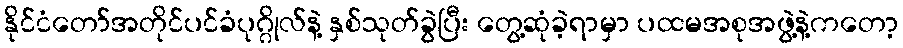
နိုင်ငံတော်အတိုင်ပင်ခံပုဂ္ဂိုလ်နဲ့ နှစ်သုတ်ခွဲပြီး တွေ့ဆုံခဲ့ရာမှာ ပထမအစုအဖွဲ့နဲ့ကတော့